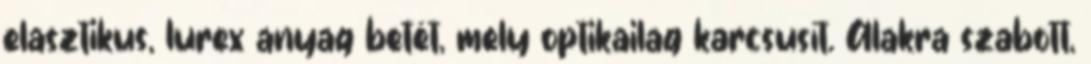
elasztikus, lurex anyag betét, mely optikailag karcsusít. Alakra szabott,